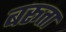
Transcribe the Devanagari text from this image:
बरूता